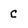
Character: C